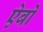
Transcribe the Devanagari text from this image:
ऐबो